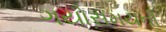
ગયોસમયની